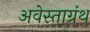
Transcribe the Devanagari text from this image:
अवेस्ताग्रंथ